Madras plague regulations and rules for the city of Madras
Disease focus: Plague
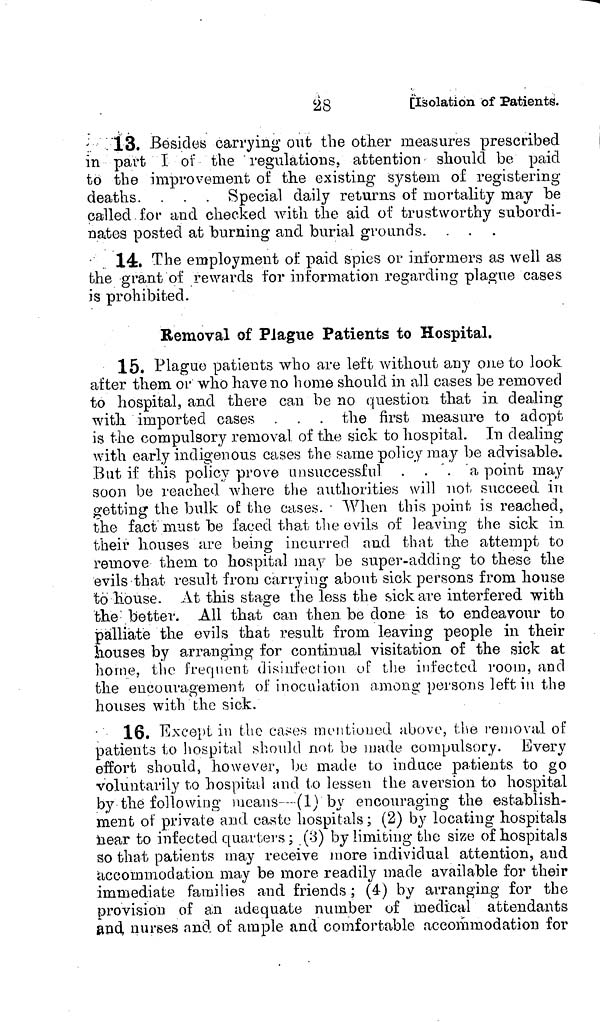
13.
Besides carrying out the other measures prescribed
in part I of the ' regulations, attention should be paid
to the improvement of the existing system of registering
deaths. . . . Special daily returns of mortality may be
called for and checked with the aid of trustworthy subordi-
nates posted at burning and burial grounds.
14. The employment of paid spies or informers as well as
the grant of rewards for information regarding plague cases
is prohibited.
Removal of Plague Patients to Hospital.
15. Plague patients who are left without any one to look
after them or who have no home should in all cases be removed
to hospital, and there can be no question that in dealing
with imported cases . . . the first measure to adopt
is the compulsory removal of the sick to hospital. In dealing
with early indigenous cases the same policy may be advisable.
But if this policy prove unsuccessful . . . a point may
soon be reached where the authorities will not succeed in
getting the bulk of the cases. - When this point is reached,
the fact must be faced that the evils of leaving the sick in
their houses are being incurred and that the attempt to
remove them to hospital may be super-adding to these the
evils that result from carrying about sick persons from house
to house. At this stage the less the sick are interfered with
the better. All that can then be done is to endeavour to
palliate the evils that result from leaving people in their
houses by arranging for continual visitation of the sick at
home, the frequent disinfection of the infected room, and
the encouragement of inoculation among persons left in the
houses with the sick.
16. Except in the cases mentioned above, the removal of
patients to hospital should not be made compulsory. Every
effort should, however, bo made to induce patients to go
voluntarily to hospital and to lessen the aversion to hospital
by the following means-—(1) by encouraging the establish-
ment of private and caste hospitals ; (2) by locating hospitals
near to infected quarters ; (3) by limiting the size of hospitals
so that patients may receive more individual attention, and
accommodation may be more readily made available for their
immediate families and friends ; (4) by arranging for the
provision of an adequate number of medical attendants
and, nurses and of ample and comfortable accommodation for